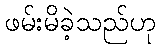
ဖမ်းမိခဲ့သည်ဟု